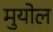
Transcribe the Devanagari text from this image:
मुयोल